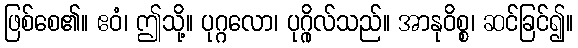
ဖြစ်စေ၏။ ဧဝံ၊ ဤသို့။ ပုဂ္ဂလော၊ ပုဂ္ဂိုလ်သည်။ အာနုဝိစ္စ၊ ဆင်ခြင်၍။